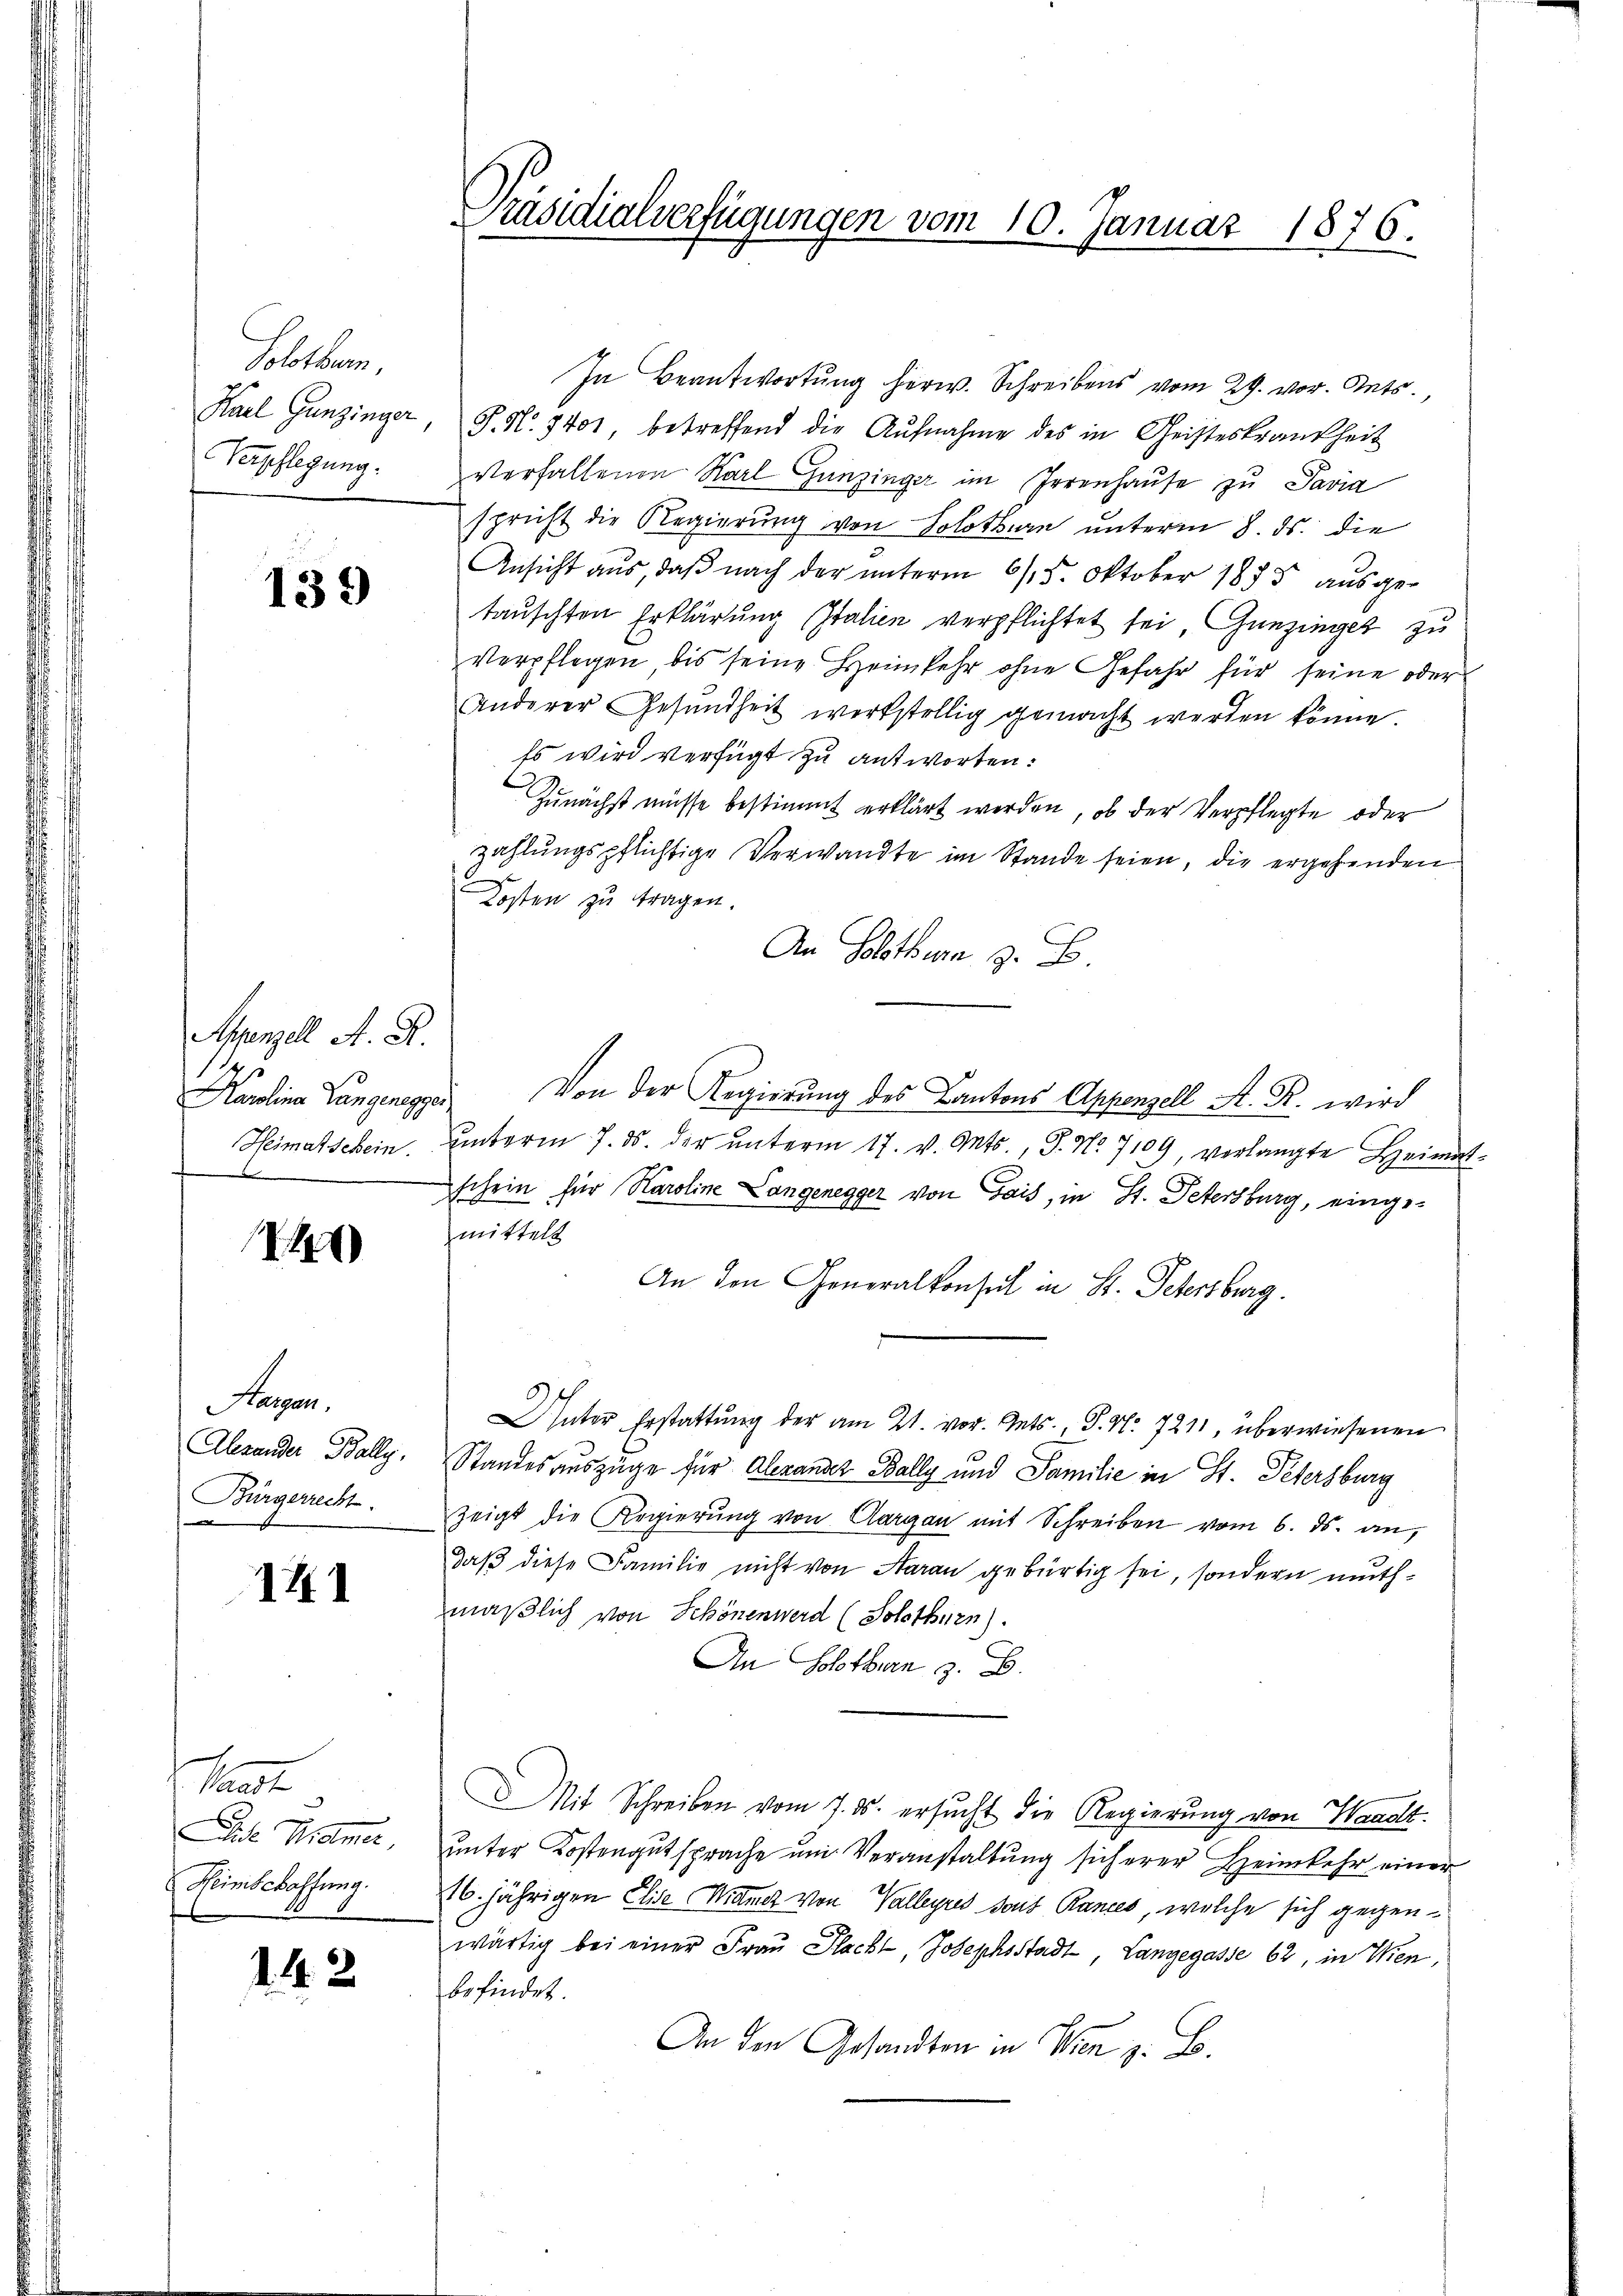
Solothurn,
Karl Gunzinger
Verpflegung.

139

Appenzell A. R.
Karolina Lungenegger
Heimatschein.
d

1

Hagen.
Alesender Bally,
Bürgerrecht

III

Samste
Die Miener
Heimschaffung.

142

In Beantwortung herw. Schreibens vom 29. vor. Mts.,
P. N. 1401, betreffend die Aufnahme des in Geisteskrankheit
verfallenen Karl Gunzinger im Irrenhaŭse zu Pavia
spricht die Regierung von Solothurn unterm 8. ds. die
Ansicht aus, daß nach der unterm 6/5. Oktober 1855 ausgetauschten Erklärung Italien verpflichtet sei, Gunzinger zu
Verpflegen bis seine Heimkehr ohne Gefahr für seine oder
Anderer Gesŭndheit werkstellig gemacht werden könne.
Es wird verfügt zu antworten:
Zunächst müsse bestimmt erklärt werden, ob der Verpflegte oder
zahlungspflichtige Verwandte im Stande seien, die ergehenden
Kosten zu tragen.
An Solothurn z. B.
Von der Regierung des Cantons Appenzell A. R. wird
ŭnterm 7. ds. der ŭnterm 17. v. Mts., S. Nr. 7109, verlangte Heimat-
schein für Karoline Langenegger von Gais, in St. Petersburg, eingemittels
An den Generalkonsul in St. Petersburg.
Unter Erstattung der am 21. vor. Mts., S. Nr. 7211, überwiesenen
Standesauszüge für Alexander Bally und Familie in St. Petersburg
Zeigt die Regierŭng von Aargau mit Schreiben vom 6. ds. an,
daß diese Familie nicht von Aarau gebürtig sei, sondern muthmäßlich von Schönenwerd (Solothurn).
An Solothurn . .
Mit Schreiben vom 7. ds. ersucht die Regierung von Wanolt.
unter Kostengutsprache um Veranstaltung sicherer Heimkehr einer
16. jährigen Elise Kamer von Valleyres dont Rances, welche sich gegenwärtig bei einer Frau Plackt, Josephsstadt Langegasse 62, in Wien,
befindet.
An den Gesandten in Wien z. B.

Präsidialverfügungen vom 10. Januar 1876.